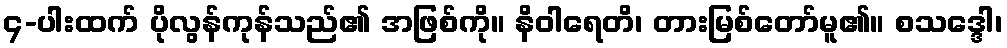
၄-ပါးထက် ပိုလွန်ကုန်သည်၏ အဖြစ်ကို။ နိဝါရေတိ၊ တားမြစ်တော်မူ၏။ စသဒ္ဒေါ၊